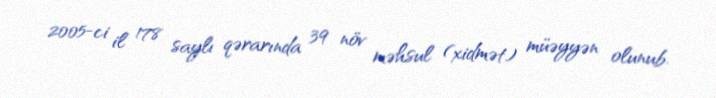
2005-ci il 178 saylı qərarında 39 növ məhsul (xidmət) müəyyən olunub.